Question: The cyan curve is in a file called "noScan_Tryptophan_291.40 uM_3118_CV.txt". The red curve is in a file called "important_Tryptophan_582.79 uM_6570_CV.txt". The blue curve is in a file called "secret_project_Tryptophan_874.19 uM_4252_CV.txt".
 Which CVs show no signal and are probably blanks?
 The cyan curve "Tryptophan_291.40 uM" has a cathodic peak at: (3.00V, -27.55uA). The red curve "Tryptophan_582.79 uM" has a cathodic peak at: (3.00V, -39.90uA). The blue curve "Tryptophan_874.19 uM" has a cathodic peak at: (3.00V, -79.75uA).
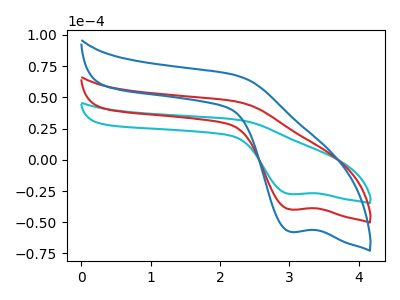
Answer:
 <answer>There are not any CV's on this graph that are likely to be blanks.</answer>
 <eval>none</eval>